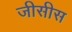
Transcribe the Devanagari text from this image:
जीसीस